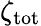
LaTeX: \zeta_{\mathrm{tot}}